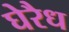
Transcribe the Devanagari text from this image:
घेरैध